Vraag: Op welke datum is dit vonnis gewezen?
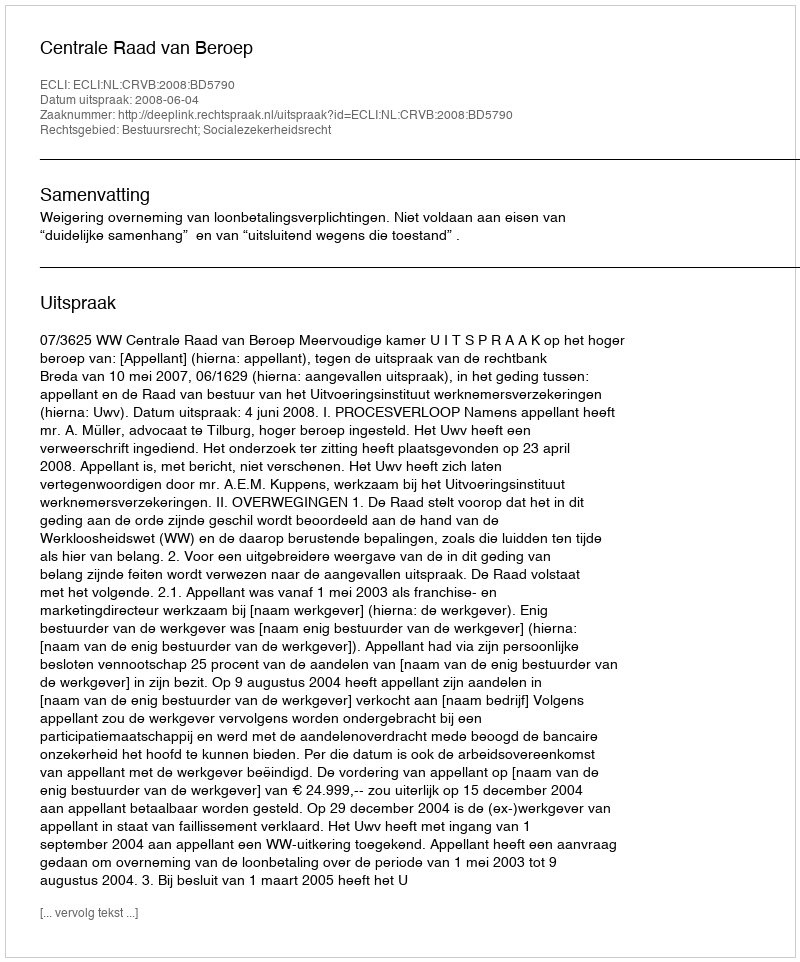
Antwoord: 2008-06-04